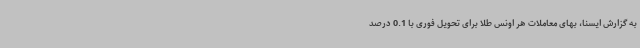
به گزارش ایسنا، بهای معاملات هر اونس طلا برای تحویل فوری با 0.1 درصد